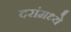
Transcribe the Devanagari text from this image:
दरांमध्ये